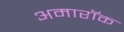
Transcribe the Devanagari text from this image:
अमारॉक